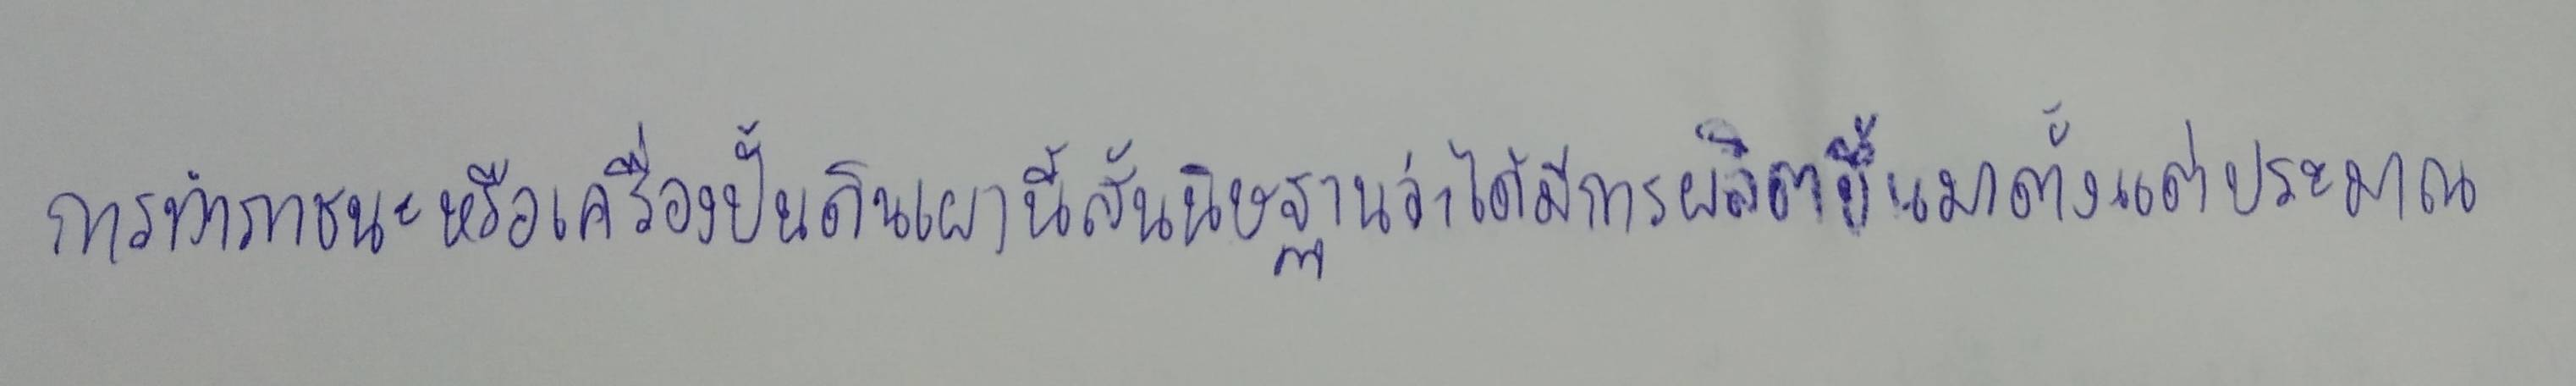
การทำภาชนะหรือเครื่องปั้นดินเผานี้สันนิษฐานว่าได้มีการผลิตขึ้นมาตั้งแต่ประมาณ